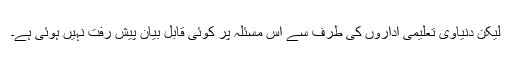
لیکن دنیاوی تعلیمی اداروں کی طرف سے اس مسئلہ پر کوئی قابل بیان پیش رفت نہیں ہوئی ہے۔